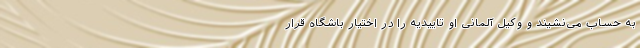
به حساب می‌نشیند و وکیل آلمانی او تاییدیه را در اختیار باشگاه قرار